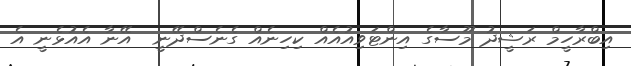
އިބްރާހީމް ރަޝީދު މޫސާގެ އިންޓަވިއުއެއް ކިހިނެއް ގެނެސްދޭނީ  އޭނާ އެއުޅެނީ އެ